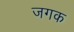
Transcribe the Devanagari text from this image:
जगक